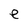
Character: e